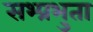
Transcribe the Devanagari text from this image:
सभ्प्रभुता